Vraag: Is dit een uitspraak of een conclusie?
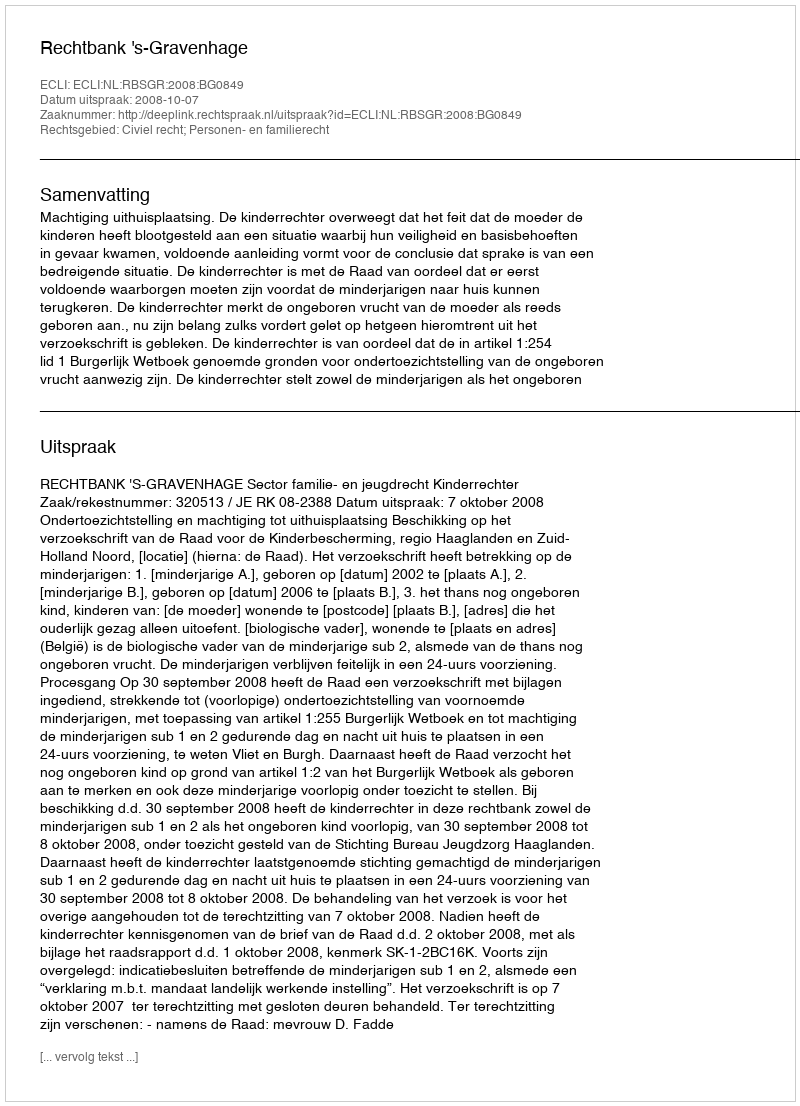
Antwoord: Uitspraak